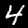
Digit: 4